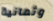
وثمانية